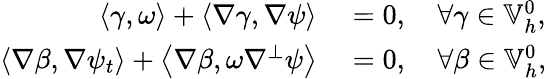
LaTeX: \begin{array}{rl}{\left\langle\gamma,\omega\right\rangle+\left\langle\nabla\gamma,\nabla\psi\right\rangle}&{{}=0,\quad\forall\gamma\in\mathbb{V}_{h}^{0},}\\ {\left\langle\nabla\beta,\nabla\psi_{t}\right\rangle+\left\langle\nabla\beta,\omega\nabla^{\perp}\psi\right\rangle}&{{}=0,\quad\forall\beta\in\mathbb{V}_{h}^{0},}\end{array}